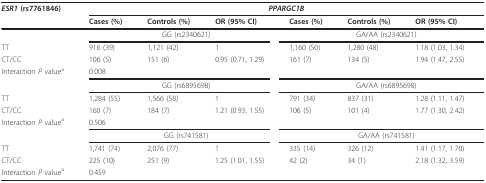
<table><thead><tr><td><b><i>ESR1 </i>(rs7761846)</b></td><td colspan="6"><b><i>PPARGC1B</i></b></td></tr><tr><td></td><td><b>Cases (%)</b></td><td><b>Controls (%)</b></td><td><b>OR (95% CI)</b></td><td><b>Cases (%)</b></td><td><b>Controls (%)</b></td><td><b>OR (95% CI)</b></td></tr></thead><tbody><tr><td></td><td colspan="3">GG (rs2340621)</td><td colspan="3">GA/AA (rs2340621)</td></tr><tr><td>TT</td><td>916 (39)</td><td>1,121 (42)</td><td>1</td><td>1,160 (50)</td><td>1,280 (48)</td><td>1.18 (1.03, 1.34)</td></tr><tr><td>CT/CC</td><td>106 (5)</td><td>151 (6)</td><td>0.95 (0.71, 1.29)</td><td>161 (7)</td><td>134 (5)</td><td>1.94 (1.47, 2.55)</td></tr><tr><td>Interaction <i>P </i>value<sup>a</sup></td><td>0.008</td><td></td><td></td><td></td><td></td><td></td></tr><tr><td></td><td colspan="3">GG (rs6895698)</td><td colspan="3">GA/AA (rs6895698)</td></tr><tr><td>TT</td><td>1,284 (55)</td><td>1,566 (58)</td><td>1</td><td>791 (34)</td><td>837 (31)</td><td>1.28 (1.11, 1.47)</td></tr><tr><td>CT/CC</td><td>160 (7)</td><td>184 (7)</td><td>1.21 (0.93, 1.55)</td><td>106 (5)</td><td>101 (4)</td><td>1.77 (1.30, 2.42)</td></tr><tr><td>Interaction <i>P </i>value<sup>a</sup></td><td>0.506</td><td></td><td></td><td></td><td></td><td></td></tr><tr><td></td><td colspan="3">GG (rs741581)</td><td colspan="3">GA/AA (rs741581)</td></tr><tr><td>TT</td><td>1,741 (74)</td><td>2,076 (77)</td><td>1</td><td>335 (14)</td><td>326 (12)</td><td>1.41 (1.17, 1.70)</td></tr><tr><td>CT/CC</td><td>225 (10)</td><td>251 (9)</td><td>1.25 (1.01, 1.55)</td><td>42 (2)</td><td>34 (1)</td><td>2.18 (1.32, 3.59)</td></tr><tr><td>Interaction <i>P </i>value<sup>a</sup></td><td>0.459</td><td></td><td></td><td></td><td></td><td></td></tr></tbody></table>